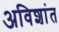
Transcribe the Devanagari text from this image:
अविशांत